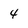
Character: 4